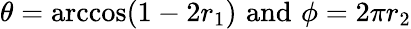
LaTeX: \theta=\operatorname{arccos}(1-2r_{1})\, \, \textup{and}\, \, \phi=2\pi r_{2}